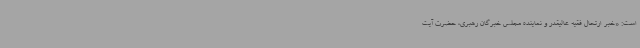
است: «خبر ارتحال فقیه عالیقدر و نماینده مجلس خبرگان رهبری، حضرت آیت